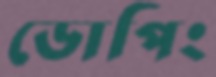
ডোপিং